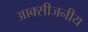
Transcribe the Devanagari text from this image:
आक्सीजनीय